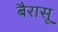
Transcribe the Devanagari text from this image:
बैरासू